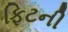
ફિટની